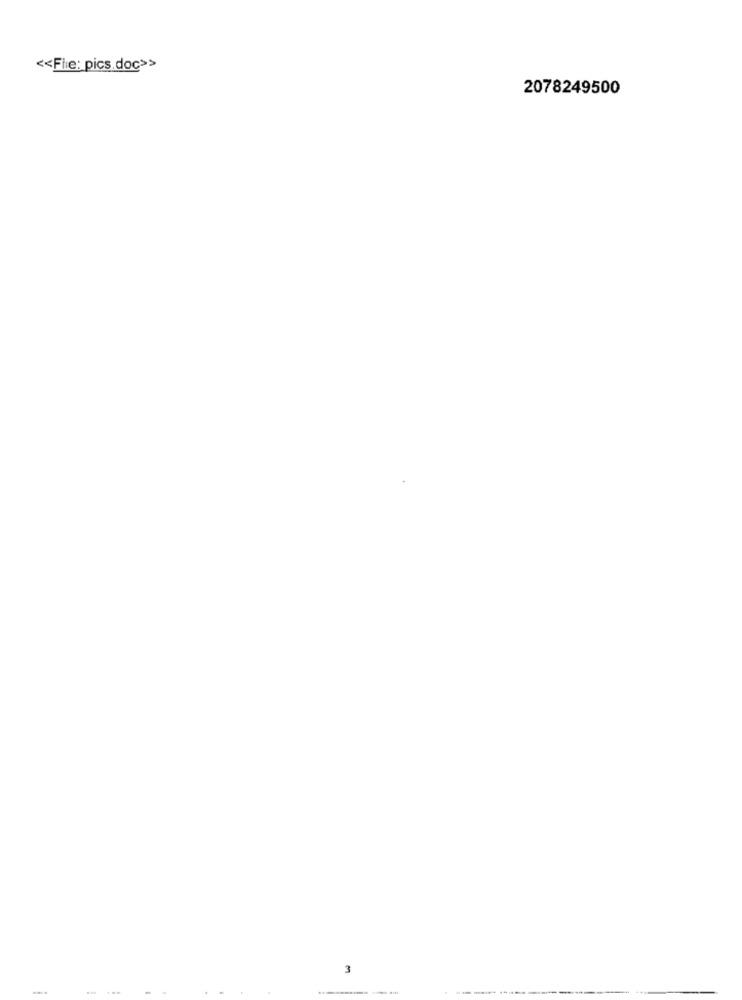
<< File: pics.doc>>
2078249500
3